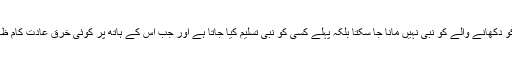
” یعنی کسی بھی خرق عادت کام کو دکھانے والے کو نبی نہیں مانا جا سکتا بلکہ پہلے کسی کو نبی تسلیم کیا جاتا ہے اور جب اس کے ہاتھ پر کوئی خرق عادت کام ظاہر ہو تو اسے معجزہ کہا جاتا ہے۔